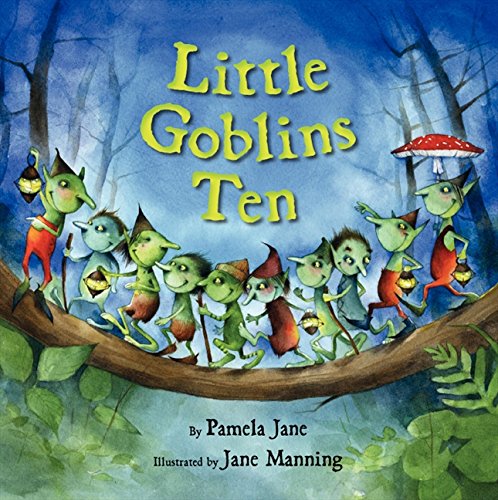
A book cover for Little Goblins Ten; Pamela Jane; Children's Books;